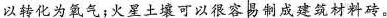
以转化为氧气；火星土壤可以很容易制成建筑材料砖。